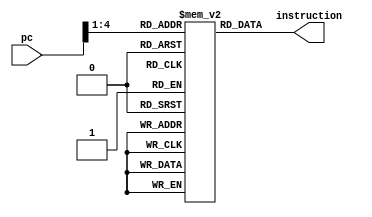
module im(
 input[31:0] pc,
 output[31:0] instruction
);

 reg [32 - 1:0] mem [32 - 1:0];
 wire [3 : 0] rom_addr = pc[4 : 1];

 assign instruction =  mem[rom_addr]; 

endmodule